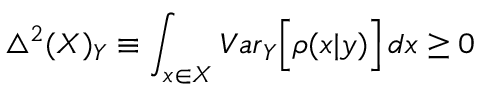
\bigtriangleup ^ { 2 } ( X ) _ { Y } \equiv \int _ { x \in X } { V a r } _ { Y } \Big [ \rho ( x | y ) \Big ] \, d x \geq 0